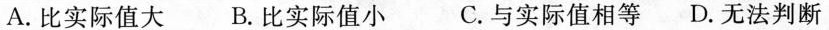
A.比实际值大 B.比实际值小 C.与实际值相等 D.无法判断